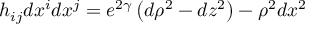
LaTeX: h _ { i j } d x ^ { i } d x ^ { j } = e ^ { 2 \gamma } \left( d \rho ^ { 2 } - d z ^ { 2 } \right) - \rho ^ { 2 } d x ^ { 2 }